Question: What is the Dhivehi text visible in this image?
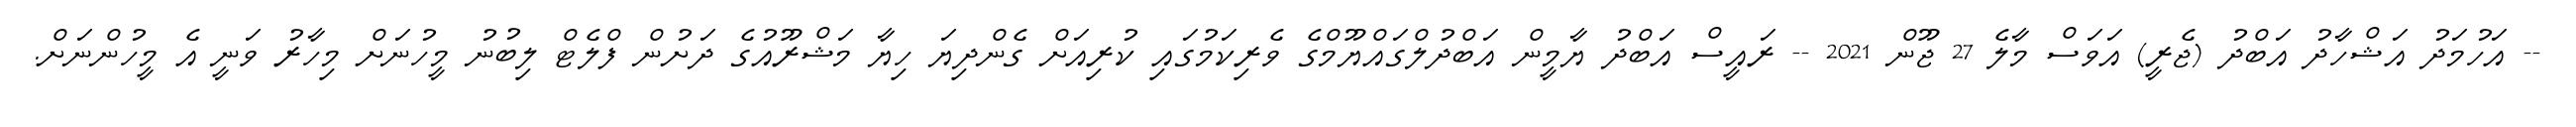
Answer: -- އަހުމަދު އަޝްހާދު އަބްދު (ޖެރީ) އަވަސް މާލެ 27 ޖޫން 2021 -- ރައީސް އަބްދު ޔާމީން އަބްދުލްގައްޔޫމްގެ ވެރިކަމުގައި ކުރިއަށް ގެންދިޔަ ހިޔާ މަޝްރޫއުގެ ދަށުން ފްލެޓް ލިބުނު މީހުނަށް މިހާރު ވަނީ އެ މީހުންނަށް.